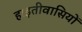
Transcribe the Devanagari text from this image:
हाइतीवासियों